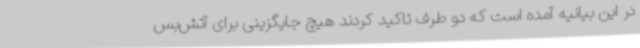
در این بیانیه آمده است که دو طرف تاکید کردند هیچ جایگزینی برای آتش‌بس